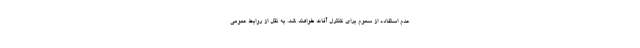
عدم استفاده از سموم برای کنترل آفات خواهند شد. به نقل از روابط عمومی